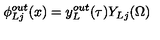
\phi _ { L j } ^ { o u t } ( x ) = y _ { L } ^ { o u t } ( \tau ) Y _ { L j } ( \Omega ) \